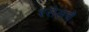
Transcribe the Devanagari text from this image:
रसेलचे